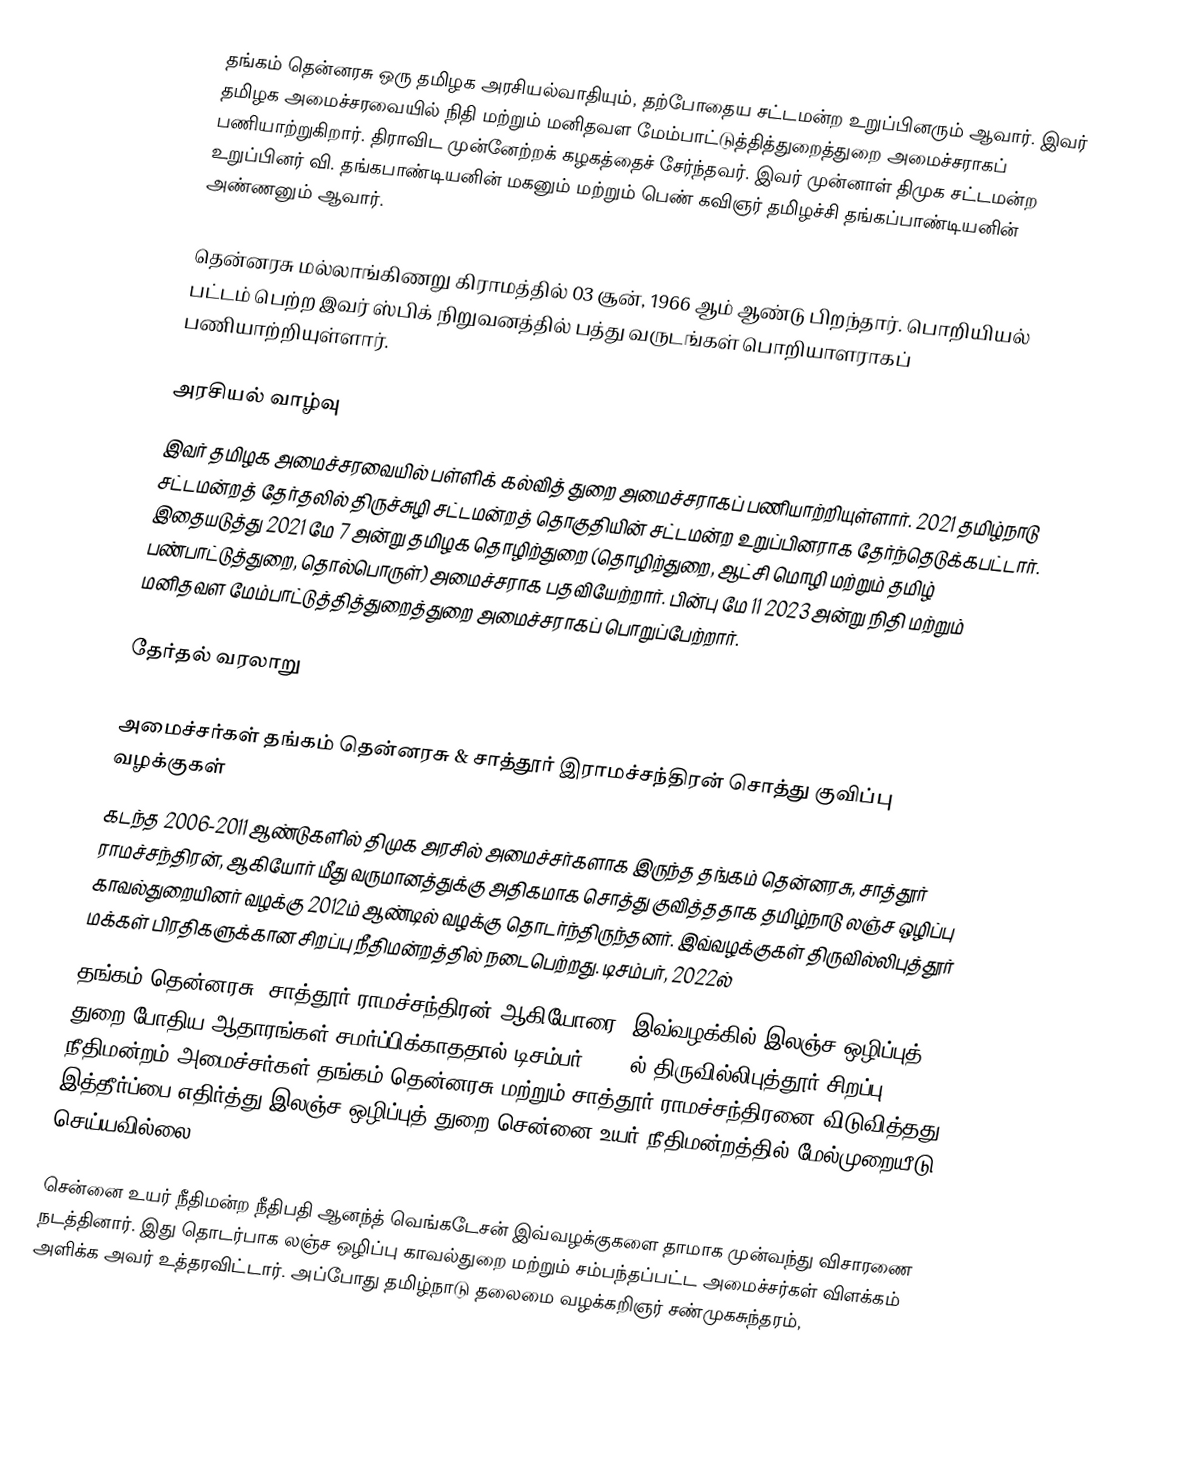
தங்கம் தென்னரசு ஒரு தமிழக அரசியல்வாதியும்,  தற்போதைய சட்டமன்ற உறுப்பினரும் ஆவார். இவர் தமிழக அமைச்சரவையில் நிதி மற்றும் மனிதவள மேம்பாட்டுத்தித்துறைத்துறை அமைச்சராகப் பணியாற்றுகிறார். திராவிட முன்னேற்றக் கழகத்தைச் சேர்ந்தவர். இவர் முன்னாள் திமுக சட்டமன்ற உறுப்பினர் வி. தங்கபாண்டியனின் மகனும் மற்றும் பெண் கவிஞர் தமிழச்சி தங்கப்பாண்டியனின் அண்ணனும் ஆவார்.

தென்னரசு மல்லாங்கிணறு கிராமத்தில் 03 சூன், 1966 ஆம் ஆண்டு பிறந்தார். பொறியியல் பட்டம் பெற்ற இவர் ஸ்பிக் நிறுவனத்தில் பத்து வருடங்கள் பொறியாளராகப் பணியாற்றியுள்ளார்.

அரசியல் வாழ்வு
இவர் தமிழக அமைச்சரவையில் பள்ளிக் கல்வித் துறை அமைச்சராகப் பணியாற்றியுள்ளார். 2021 தமிழ்நாடு சட்டமன்றத் தேர்தலில் திருச்சுழி சட்டமன்றத் தொகுதியின் சட்டமன்ற உறுப்பினராக  தேர்ந்தெடுக்கபட்டார். இதையடுத்து 2021 மே 7 அன்று தமிழக தொழிற்துறை (தொழிற்துறை, ஆட்சி மொழி மற்றும் தமிழ் பண்பாட்டுத்துறை, தொல்பொருள்) அமைச்சராக பதவியேற்றார். பின்பு மே 11 2023 அன்று நிதி மற்றும் மனிதவள மேம்பாட்டுத்தித்துறைத்துறை அமைச்சராகப் பொறுப்பேற்றார்.

தேர்தல் வரலாறு

அமைச்சர்கள் தங்கம் தென்னரசு & சாத்தூர் இராமச்சந்திரன் சொத்து குவிப்பு வழக்குகள்
கடந்த 2006-2011 ஆண்டுகளில் திமுக அரசில் அமைச்சர்களாக இருந்த தங்கம் தென்னரசு, சாத்தூர் ராமச்சந்திரன்,  ஆகியோர் மீது வருமானத்துக்கு அதிகமாக சொத்து குவித்ததாக தமிழ்நாடு லஞ்ச ஒழிப்பு காவல்துறையினர் வழக்கு 2012ம் ஆண்டில் வழக்கு தொடர்ந்திருந்தனர். இவ்வழக்குகள் திருவில்லிபுத்தூர் மக்கள் பிரதிகளுக்கான சிறப்பு நீதிமன்றத்தில் நடைபெற்றது. டிசம்பர், 2022ல்
தங்கம் தென்னரசு, சாத்தூர் ராமச்சந்திரன் ஆகியோரை, இவ்வழக்கில் இலஞ்ச ஒழிப்புத் துறை போதிய ஆதாரங்கள் சமர்ப்பிக்காததால் டிசம்பர், 2022ல் திருவில்லிபுத்தூர் சிறப்பு நீதிமன்றம் அமைச்சர்கள் தங்கம் தென்னரசு மற்றும் சாத்தூர் ராமச்சந்திரனை விடுவித்தது. இத்தீர்ப்பை எதிர்த்து இலஞ்ச ஒழிப்புத் துறை சென்னை உயர் நீதிமன்றத்தில் மேல்முறையீடு செய்யவில்லை.

சென்னை உயர் நீதிமன்ற நீதிபதி ஆனந்த் வெங்கடேசன் இவ்வழக்குகளை தாமாக முன்வந்து விசாரணை நடத்தினார். இது தொடர்பாக லஞ்ச ஒழிப்பு காவல்துறை மற்றும் சம்பந்தப்பட்ட அமைச்சர்கள் விளக்கம் அளிக்க அவர் உத்தரவிட்டார். அப்போது தமிழ்நாடு தலைமை வழக்கறிஞர் சண்முகசுந்தரம்,